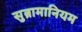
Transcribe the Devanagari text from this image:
सुब्रामानियम